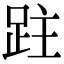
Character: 跓